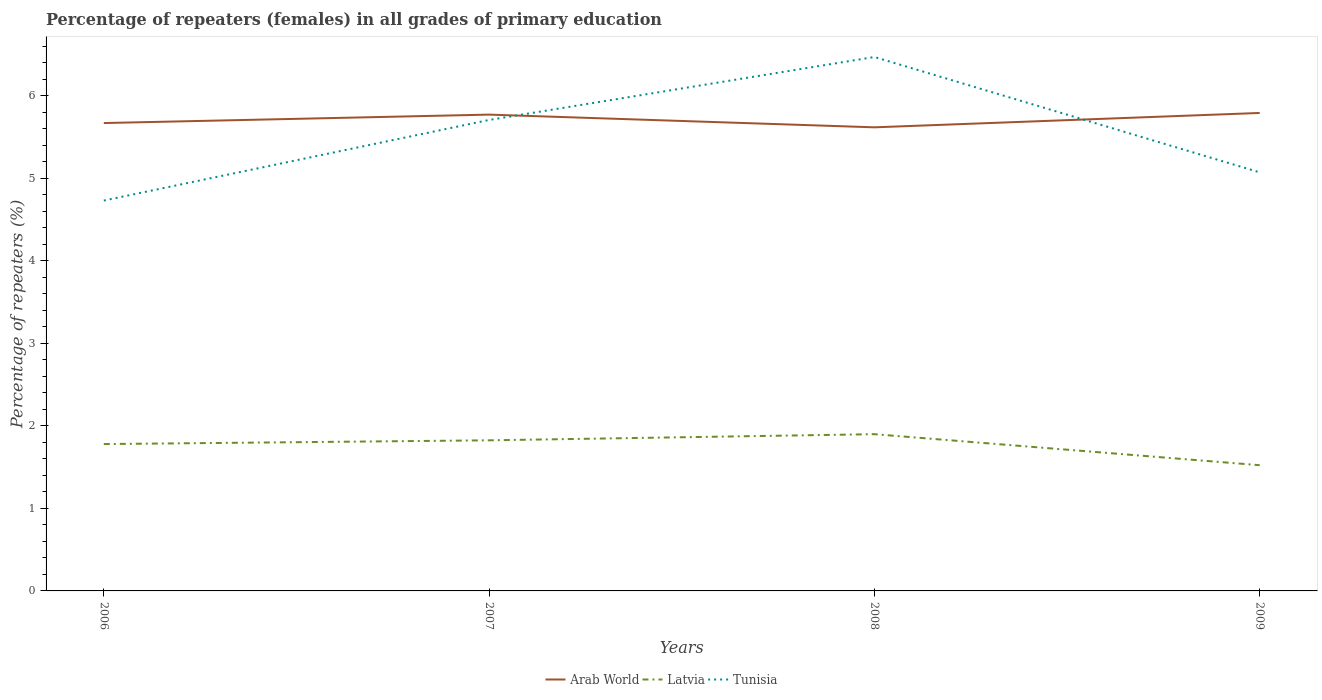
| Years | Arab World | Latvia | Tunisia |
 | --- | --- | --- | --- |
 | 2006 | 5.67 | 1.78 | 4.73 |
 | 2007 | 5.77 | 1.83 | 5.71 |
 | 2008 | 5.62 | 1.9 | 6.47 |
 | 2009 | 5.79 | 1.52 | 5.07 |